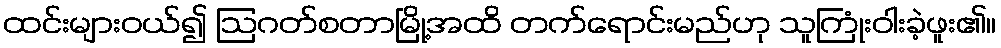
ထင်းများဝယ်၍ ဩဂတ်စတာမြို့အထိ တက်ရောင်းမည်ဟု သူကြုံးဝါးခဲ့ဖူး၏။